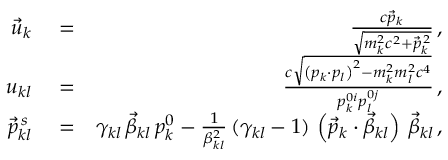
\begin{array} { r l r } { \vec { u } _ { k } } & { { } = } & { \frac { c \vec { p } _ { k } } { \sqrt { m _ { k } ^ { 2 } c ^ { 2 } + \vec { p } _ { k } ^ { \, 2 } } } \, , } \\ { u _ { k l } } & { { } = } & { \frac { c \sqrt { \left( p _ { k } \cdot p _ { l } \right) ^ { 2 } - m _ { k } ^ { 2 } m _ { l } ^ { 2 } c ^ { 4 } } } { p _ { k } ^ { 0 i } p _ { l } ^ { 0 j } } \, , } \\ { \vec { p } _ { k l } ^ { \, s } } & { { } = } & { \gamma _ { k l } \, \vec { \beta } _ { k l } \, p _ { k } ^ { 0 } - \frac { 1 } { \beta _ { k l } ^ { 2 } } \, ( \gamma _ { k l } - 1 ) \, \left( \vec { p } _ { k } \cdot \vec { \beta } _ { k l } \right) \, \vec { \beta } _ { k l } \, , } \end{array}